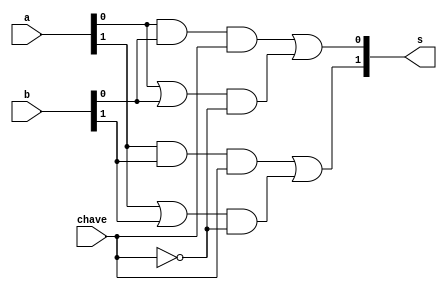
// ------------------------- 
// Exemplo0032 - F4
// Nome: Samuel Eusbio da Silva 
	
// ------------------------- 
// f4_gate 
// ------------------------- 
	
	module f4 (output [1:0] s, input [1:0] a, input [1:0] b, input chave); 
	// descrever por portas
	wire [1:0] saida_and;
	wire [1:0] saida_or;
	wire [3:0] saida;
	wire saida_not;
	
	and AND1(saida_and[0], a[0], b[0]);
   and AND2(saida_and[1], a[1], b[1]);
	
	or OR1(saida_or[0], a[0], b[0]);
   or OR2(saida_or[1], a[1], b[1]);
	
	and AND3(saida[0], saida_and[0], chave);
   and AND4(saida[1], saida_and[1], chave);
	
	not NOT1(saida_not, chave);
	
	and AND5(saida[2], saida_or[0], saida_not);
   and AND6(saida[3], saida_or[1], saida_not);
	
	or OR5(s[0], saida[0], saida[2]);
   or OR6(s[1], saida[1], saida[3]);
	
	endmodule // f4
	
	module test_f4; 
	// ------------------------- definir dados 
	reg [1:0] x; 
	reg [1:0] y;
	reg c;
	wire [1:0] s; 
 
	f4 modulo (s, x, y, c);
	
	// ------------------------- parte principal 
	initial begin 
	$display("Exemplo0032 - Samuel Eusbio da Silva - 435055"); 
	$display("Test LU's module"); 
	$display("Legenda da chave: O-OR 1-AND \n");
		
       #1 x = 2'b01; y = 2'b10; c = 0;
		 $monitor("Resultado Chave = %1b\n x = %2b \t y = %2b \t Resultado -> %2b\n", c, x, y, s);
		 #1 x = 2'b01; y = 2'b10; c = 1;
		
		 #1 x = 2'b11; y = 2'b00; c = 0;
		 #1 x = 2'b11; y = 2'b00; c = 1;
		
		 #1 x = 2'b10; y = 2'b10; c = 0;
		 #1 x = 2'b10; y = 2'b10; c = 1;
		 
		 #1 x = 2'b01; y = 2'b00; c = 0;
		 #1 x = 2'b01; y = 2'b00; c = 1;
	end 
	endmodule // test_f4